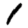
Digit: 1